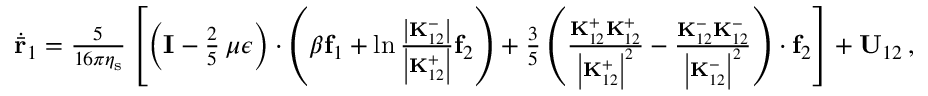
\begin{array} { r } { \dot { \bar { \mathbf { r } } } _ { 1 } = \frac { 5 } { 1 6 \pi \eta _ { \mathrm { s } } } \left[ \left( \mathbf { I } - \frac { 2 } { 5 } \, \mu \boldsymbol { \epsilon } \right) \cdot \left( \beta \mathbf { f } _ { 1 } + \ln \frac { \left| \mathbf { K } _ { 1 2 } ^ { - } \right| } { \left| \mathbf { K } _ { 1 2 } ^ { + } \right| } \mathbf { f } _ { 2 } \right) + \frac { 3 } { 5 } \left( \frac { \mathbf { K } _ { 1 2 } ^ { + } \mathbf { K } _ { 1 2 } ^ { + } } { \left| \mathbf { K } _ { 1 2 } ^ { + } \right| ^ { 2 } } - \frac { \mathbf { K } _ { 1 2 } ^ { - } \mathbf { K } _ { 1 2 } ^ { - } } { \left| \mathbf { K } _ { 1 2 } ^ { - } \right| ^ { 2 } } \right) \cdot \mathbf { f } _ { 2 } \right] + \mathbf { U } _ { 1 2 } \, , } \end{array}